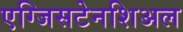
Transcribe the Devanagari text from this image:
एग्जिसटेनशिअल